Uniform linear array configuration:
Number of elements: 32
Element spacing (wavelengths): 0.5
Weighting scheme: binomial
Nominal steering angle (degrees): -60
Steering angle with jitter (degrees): -60.156
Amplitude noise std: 0.05
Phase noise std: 0.05

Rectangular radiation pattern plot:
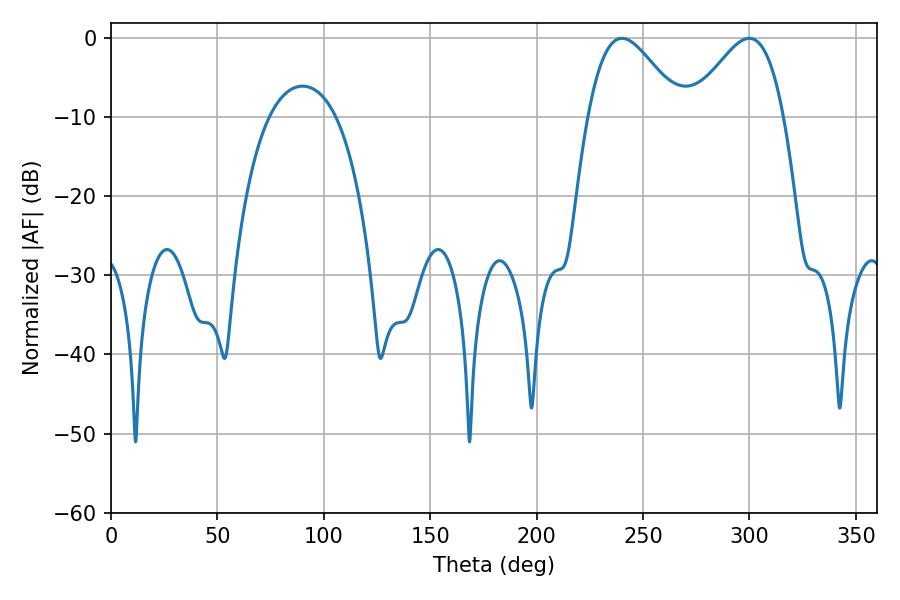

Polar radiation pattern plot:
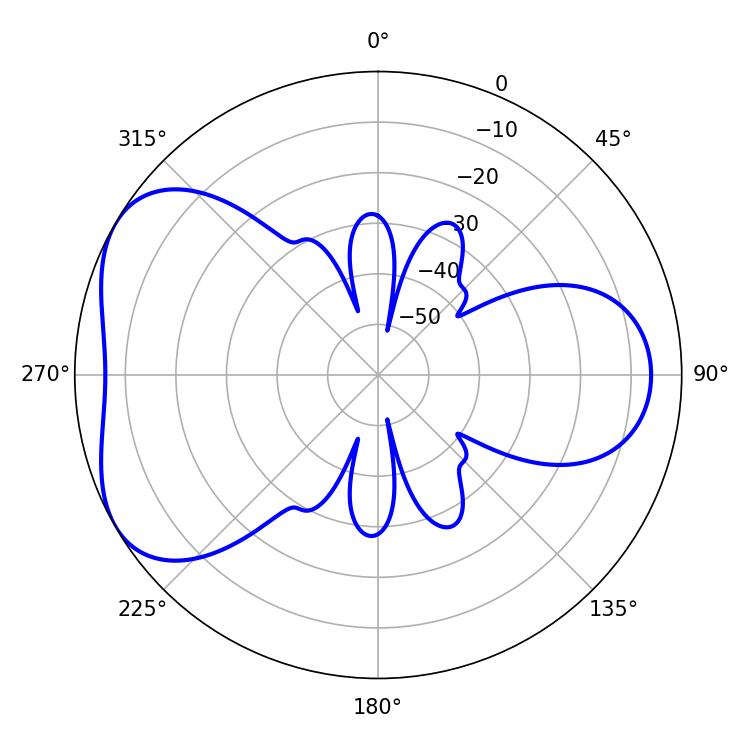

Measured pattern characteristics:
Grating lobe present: FALSE
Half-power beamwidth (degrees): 23.22
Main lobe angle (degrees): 240.12